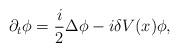
LaTeX: \begin{align*}\partial_t \phi=\frac{i}{2}\Delta\phi-i\delta V(x)\phi,\end{align*}